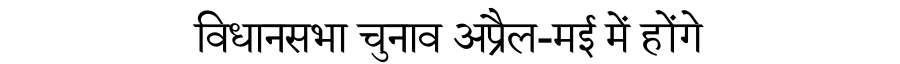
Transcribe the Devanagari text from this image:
विधानसभा चुनाव अप्रैल-मई में होंगे